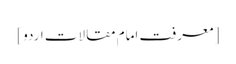
[ معرفت امام مقالات اردو ]